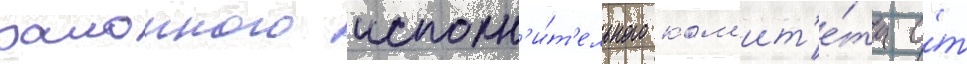
раионного исполн'и́т'ельного ком'ит'е́та о́т